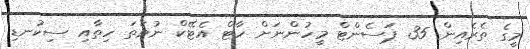
މީގެ ތެރެއިން 35 ޕަސެންޓް މީހުންނަށް ހާޓް އެޓޭކް ނުވަތަ ހިތާއި ސިކުނޑި